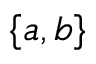
\{ a , b \}